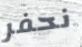
نحفر